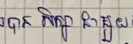
បាន សិក្សា ជាមួយ